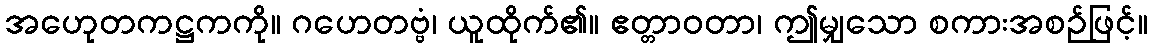
အဟေုတကဋ္ဌကကို။ ဂဟေတဗ္ဗံ၊ ယူထိုက်၏။ ဧတ္တာဝတာ၊ ဤမျှသော စကားအစဉ်ဖြင့်။